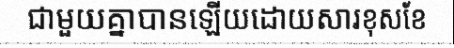
ជាមួយគ្នាបានឡើយដោយសារខុសខែ